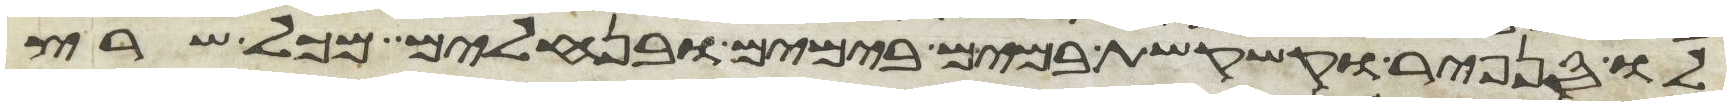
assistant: לו סנפיר וקשקשת במים בימים ובנחלים מכל שרץ